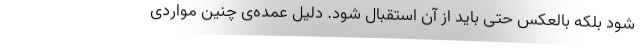
شود بلکه بالعکس حتی باید از آن استقبال شود. دلیل عمده‌ی چنین مواردی